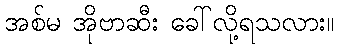
အစ်မ အိုဗာဆီး ခေါ်လို့ရသလား။